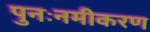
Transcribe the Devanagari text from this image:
पुनःनमीकरण